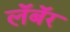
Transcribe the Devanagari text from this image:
लॅबॅर